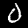
Digit: 0